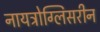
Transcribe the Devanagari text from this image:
नायट्रोग्लिसरीन